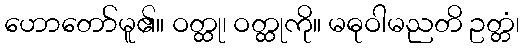
ဟောတော်မူ၏။ ဝတ္ထု၊ ဝတ္ထုကို။ မဓုဝါမညတိ ဥတ္တံ၊